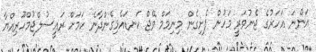
އަންނަ އަހަރުގެ ޖެނުވަރީ މަހުން ފެށިގެން މިނިމަމް ވޭޖް ކަނޑައެޅިގެންދާނެ ކަމަށް ރައީސުލްޖުމްހޫރިއްޔާ